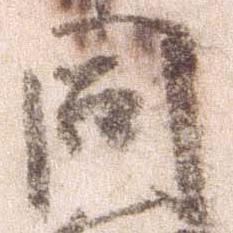
同